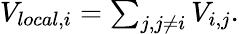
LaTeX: \begin{array}{r}{V_{local,i}=\sum_{j,j\neq i}V_{i,j}.}\end{array}